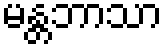
မန္တဘာသာ